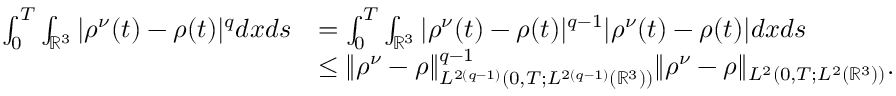
\begin{array} { r l } { \int _ { 0 } ^ { T } \int _ { \mathbb { R } ^ { 3 } } | \rho ^ { \nu } ( t ) - \rho ( t ) | ^ { q } d x d s } & { = \int _ { 0 } ^ { T } \int _ { \mathbb { R } ^ { 3 } } | \rho ^ { \nu } ( t ) - \rho ( t ) | ^ { q - 1 } | \rho ^ { \nu } ( t ) - \rho ( t ) | d x d s } \\ & { \leq \| \rho ^ { \nu } - \rho \| _ { L ^ { 2 ( q - 1 ) } ( 0 , T ; L ^ { 2 ( q - 1 ) } ( \mathbb { R } ^ { 3 } ) ) } ^ { q - 1 } \| \rho ^ { \nu } - \rho \| _ { L ^ { 2 } ( 0 , T ; L ^ { 2 } ( \mathbb { R } ^ { 3 } ) ) } . } \end{array}